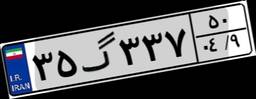
۰۷گ۴۹۴۷۳